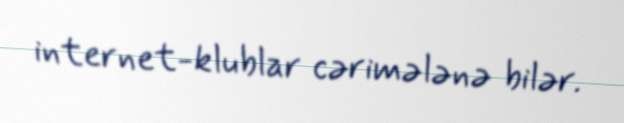
internet-klublar cərimələnə bilər.